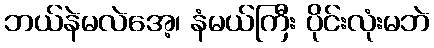
ဘယ်နဲမလဲအေ့၊ နံမယ်ကြီး ပိုင်းလုံးမဘဲ